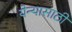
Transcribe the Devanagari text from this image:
येन्यासाठी